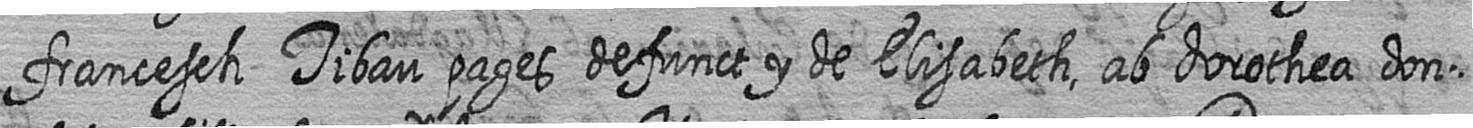
francesch Tibau pages defunct y de Elisabeth ab dorothea don=